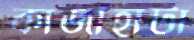
কাজীহাটা